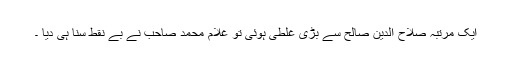
ایک مرتبہ صلاح الدین صالح سے بڑی غلطی ہوئی تو غلام محمد صاحب نے بے نقط سنا ہی دیا ۔